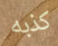
كذبه